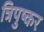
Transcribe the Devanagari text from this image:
त्रिपुष्कर